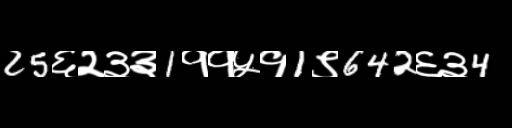
Text: 25६२३३1११५१1९642६३4